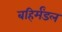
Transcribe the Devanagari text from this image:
बहिर्मंडल